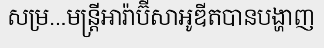
សម្រ...មន្ត្រីអារ៉ាប៊ីសាអូឌីតបានបង្ហាញ